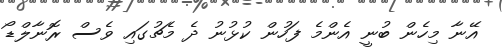
އޭނާ މިހެން ބުނީ އެންމެ ފަހުން ކުޅުނު ދެ މެޗުގައި ވެސް ރޮނާލްޑޯ